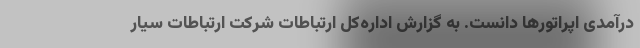
درآمدی اپراتورها دانست. به گزارش اداره‌کل ارتباطات شرکت ارتباطات سیار